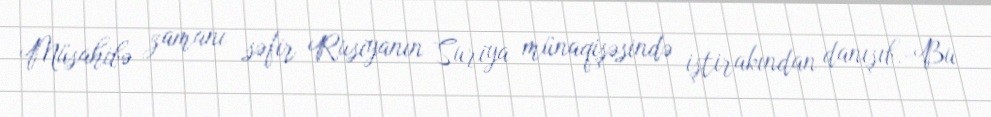
Müsahibə zamanı səfir Rusiyanın Suriya münaqişəsində iştirakından danışıb.-Bu